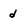
Character: d